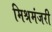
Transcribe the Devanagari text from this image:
मिश्रमंजरी